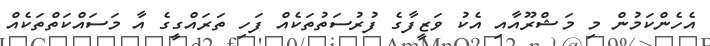
އެހެންކަމުން މި މަޝްރޫއާއި އެކު ވަޒީފާގެ ފުރުސަތުތަކެއް ފަހި ތަރައްގީގެ އާ މަސައްކަތްތަކެއް